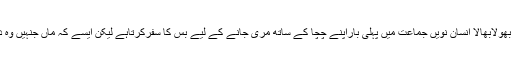
آزاد کشمیر کا یہ بھولابھالا انسان نویں جماعت میں پہلی باراپنے چچا کے ساتھ مری جانے کے لیے بس کا سفرکرتاہے لیکن ایسے کہ ماں جنہیں وہ دیدے کہتے تھے۔